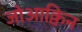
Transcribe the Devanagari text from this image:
जोआक्विन